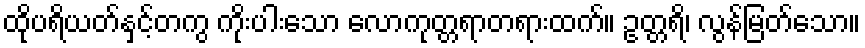
ထိုပရိယတ်နှင့်တကွ ကိုးပါးသော လောကုတ္တရာတရားထက်။ ဥတ္တရိ၊ လွန်မြတ်သော။